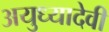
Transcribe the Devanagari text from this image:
अयुध्यादेवी